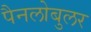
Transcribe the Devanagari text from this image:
पैनलोबुलर